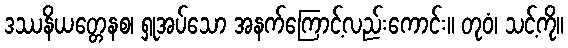
ဒဿနိယတ္တေနစ၊ ရှုအပ်သော အနက်ကြောင့်လည်းကောင်း။ တုဝံ၊ သင့်ကို။